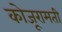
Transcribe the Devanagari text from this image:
कोजूरामती